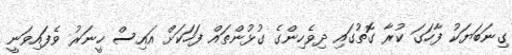
ގިނަބަޔަކު ފާހަގަ ކުރާ ގޮތުގައި ދިވެހިންގެ ގުޅުންތައް ފަހަކަށް އައިސް ހީނަރު ވެފައިވަނީ